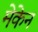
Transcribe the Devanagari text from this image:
मेकेन